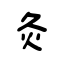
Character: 灸